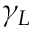
\gamma _ { L }